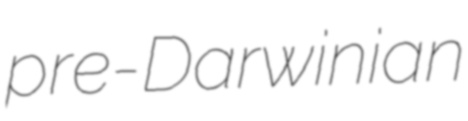
pre-Darwinian